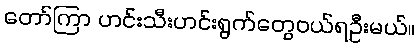
တော်ကြာ ဟင်းသီးဟင်းရွက်တွေဝယ်ရဦးမယ်။